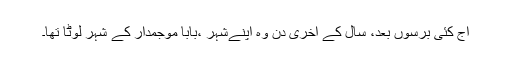
آج کئی برسوں بعد، سال کے آخری دن وہ اپنےشہر ،بابا موجمدار کے شہر لوٹا تھا۔